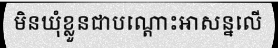
មិនឃុំខ្លួនជាបណ្តោះអាសន្នលើ